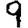
Digit: 9